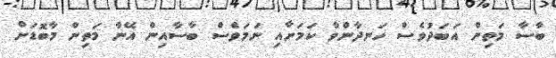
ބާސާ މަތިން އަބަދުވެސް ހަނދާންވާ ކަމަށާއި ނަމަވެސް ބާސާއިން އޭނާ މަތިން މާބޮޑަށް